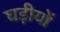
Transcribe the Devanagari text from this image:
घड़ीयों